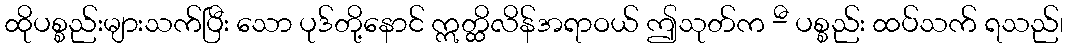
ထိုပစ္စည်းများသက်ပြီး သော ပုဒ်တို့နောင် ဣတ္ထိလိန်အရာဝယ် ဤသုတ်က -ီ ပစ္စည်း ထပ်သက် ရသည်၊